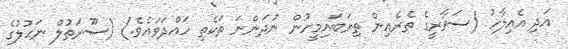
އަދި އެއިލާހު (ސަވާރީގެ ތެރެއިން ތިޔަބައިމީހުން ނުދަންނަ ތަކެތި ހައްދަވައެވެ.) (ސޫރަތުލް ނަޙުލުގެ